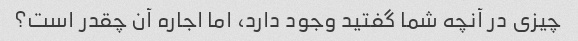
چیزی در آنچه شما گفتید وجود دارد، اما اجاره آن چقدر است؟